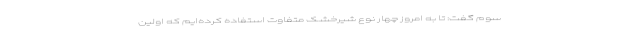
سوم گفت: تا به امروز چهار نوع شیرخشک متفاوت استفاده کرده‌ایم که اولین